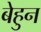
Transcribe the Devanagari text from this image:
बेहुन